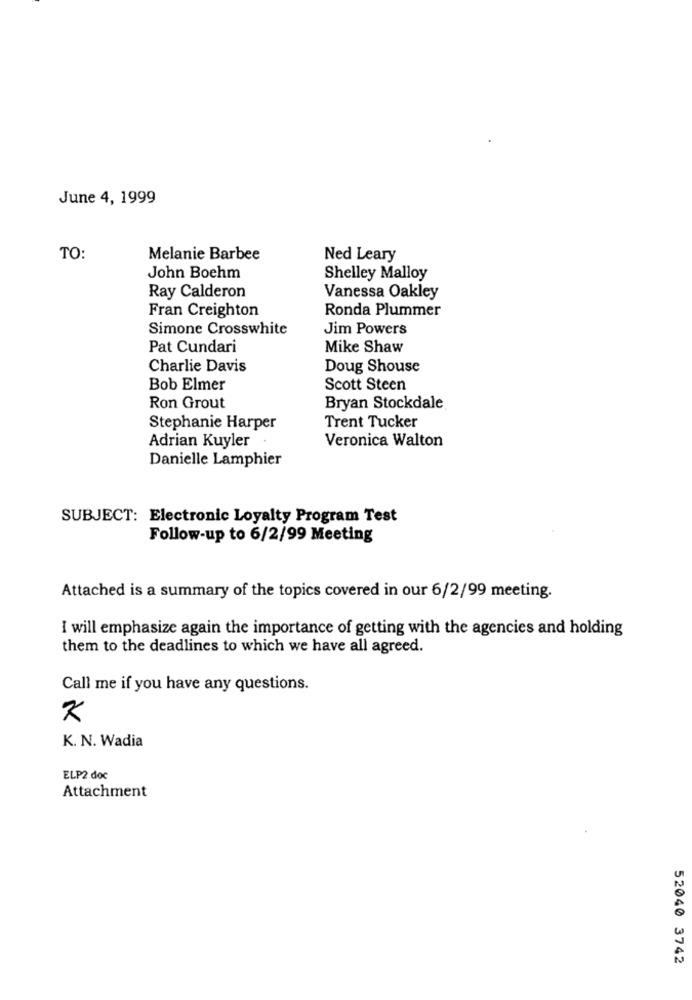
June 4, 1999
TO:
Melanie Barbee
Ned Leary
John Boehm
Shelley Malloy
Ray Calderon
Vanessa Oakley
Fran Creighton
Ronda Plummer
Simone Crosswhite
Jim Powers
Pat Cundari
Mike Shaw
Charlie Davis
Doug Shouse
Bob Elmer
Scott Steen
Ron Grout
Bryan Stockdale
Stephanie Harper
Trent Tucker
Adrian Kuyler
Veronica Walton
Danielle Lamphier
SUBJECT: Electronic Loyalty Program Test
Follow-up to 6/2/99 Meeting
Attached is a summary of the topics covered in our 6/2/99 meeting.
I will emphasize again the importance of getting with the agencies and holding
them to the deadlines to which we have all agreed.
Call me if you have any questions.
K. N. Wadia
ELP2.doc
Attachment
52040 3742